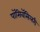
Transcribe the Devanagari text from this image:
पॉसिबॅसिलरी